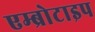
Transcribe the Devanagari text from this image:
एम्ब्रोटाइप